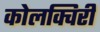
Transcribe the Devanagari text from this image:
कोलक्विरी